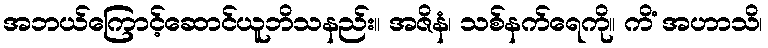
အဘယ်ကြောင့်ဆောင်ယူဘိသနည်း။ အဇိနံ၊ သစ်နက်ရေကို။ ကိံ အဟာသိ၊